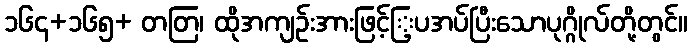
၁၆၄+၁၆၅+ တတြ၊ ထိုအကျဉ်းအားဖြင့်ြ့ပအပ်ပြီးသောပုဂ္ဂိုလ်တို့တွင်။